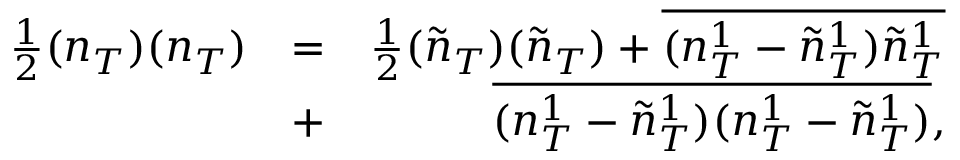
\begin{array} { r l r } { \frac { 1 } { 2 } ( n _ { T } ) ( n _ { T } ) } & { = } & { \frac { 1 } { 2 } ( \tilde { n } _ { T } ) ( \tilde { n } _ { T } ) + \overline { { ( n _ { T } ^ { 1 } - \tilde { n } _ { T } ^ { 1 } ) \tilde { n } _ { T } ^ { 1 } } } } \\ & { + } & { \overline { { ( n _ { T } ^ { 1 } - \tilde { n } _ { T } ^ { 1 } ) ( n _ { T } ^ { 1 } - \tilde { n } _ { T } ^ { 1 } ) } } , } \end{array}